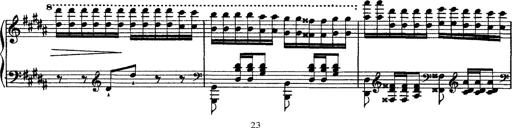
Title: Grandes Ã©tudes de Paganini
Composer: Franz Liszt